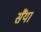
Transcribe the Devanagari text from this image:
सैंयां